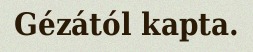
Gézától kapta.